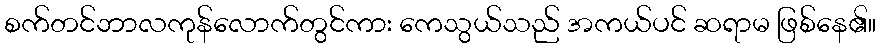
စက်တင်ဘာလကုန်လောက်တွင်ကား ကေသွယ်သည် အကယ်ပင် ဆရာမ ဖြစ်နေ၏။